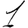
Digit: 1